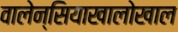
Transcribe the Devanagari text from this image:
वालेन्सियाखालोखाल